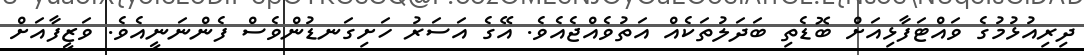
ދިރިއުޅުމުގެ ވައްޓަފާޅިއަށް ބޮޑެތި ބަދަލުތަކެއް އަތުވެއްޖެއެވެ. އޭގެ އަސަރު ހަށިގަނޑުންވެސް ފެންނަނީއެވެ. ވަޒީފާއަށް